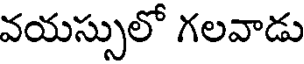
వయస్సులో గలవాడు